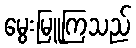
မွေးမြူကြသည်